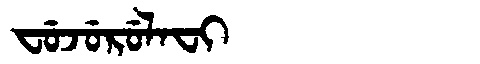
Manchu: ᠸᡠᠵᡠᡵᡠᠯᠠᠸᡳ
Romanization: FUJURULAFI